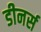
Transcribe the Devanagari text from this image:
डीनर्स